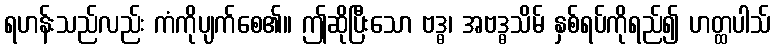
ရဟန်းသည်လည်း ကံကိုပျက်စေ၏။ ဤဆိုပြီးသော ဗဒ္ဓ၊ အဗဒ္ဓသိမ် နှစ်ရပ်ကိုရည်၍ ဟတ္ထပါသ်